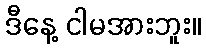
ဒီနေ့ ငါမအားဘူး။